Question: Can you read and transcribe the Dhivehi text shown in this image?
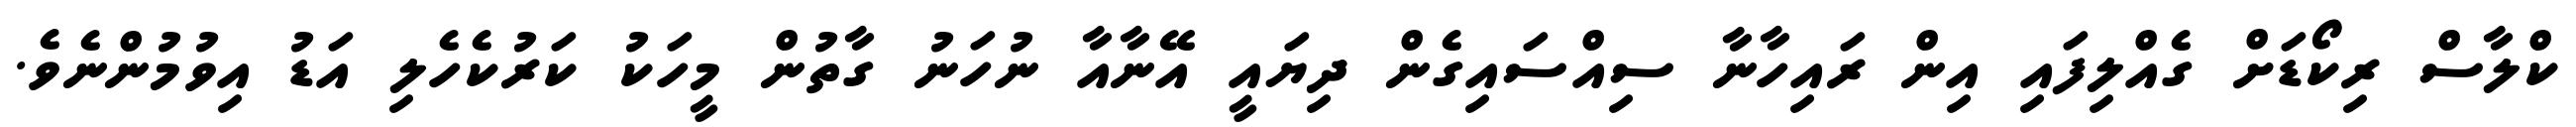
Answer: ކްލާސް ރިކޯޑަށް ގެއްލިފައި އިން ރައިހާނާ ސިއްސައިގެން ދިޔައީ އޭނާއާ ނުހަނު ގާތުން މީހަކު ކަރުކެހެލި އަޑު އިވުމުންނެވެ.